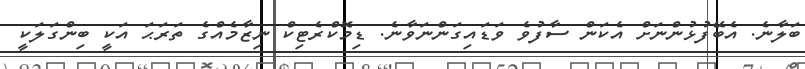
ބަލާނެ. އެބޭފުޅުންނަށް އެކަން ސާފުވެ ވަޑައިގަންނަވާނެ. ޑިމޮކްރެޓިކް ނިޒާމެއްގެ ތަރަޙަ އަކީ ބިންގަލަކީ